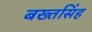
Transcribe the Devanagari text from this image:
बख्तसिंह